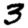
Digit: 3